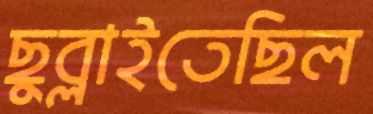
ছুব্‌লাইতেছিল